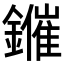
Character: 𨮑